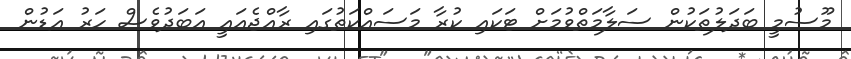
މޫސުމީ ބަދަލުތަކުން ސަލާމަތްވުމަށް ޓަކައި ކުރާ މަަސައްކަތުގައި ރާއްޖެއައީ އަބަދުވެސް ހަރު އަޑުން